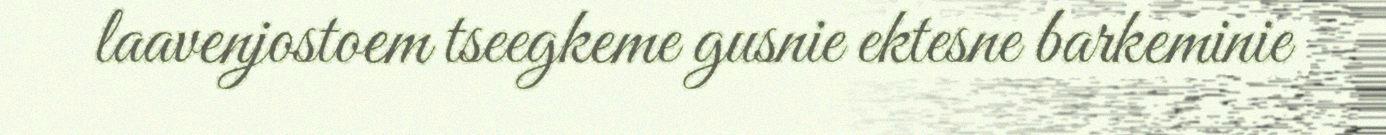
laavenjostoem tseegkeme gusnie ektesne barkeminie